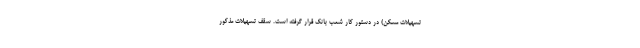
تسهیلات مسکن) در دستور کار شعب بانک قرار گرفته است. سقف تسهیلات مذکور